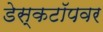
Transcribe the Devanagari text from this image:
डेस्कटॉपवर